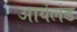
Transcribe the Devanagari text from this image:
आर्यलंड